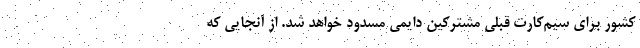
کشور برای سیم‌کارت قبلی مشترکین دایمی‌ مسدود خواهد شد. از آنجایی که